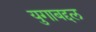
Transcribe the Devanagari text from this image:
युगाबद्दल